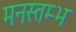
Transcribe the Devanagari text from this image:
मनस्तम्भ